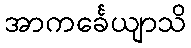
အာကင်္ခေယျာသိ